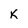
Character: K